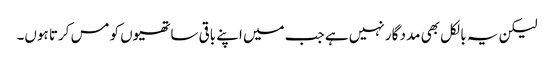
لیکن یہ بالکل بھی مدد گار نہیں ہے جب میں اپنے باقی ساتھیوں کو مس کرتا ہوں۔